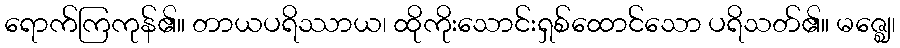
ရောက်ကြကုန်၏။ တာယပရိဿာယ၊ ထိုကိုးသောင်းရှစ်ထောင်သော ပရိသတ်၏။ မဇ္ဈေ၊